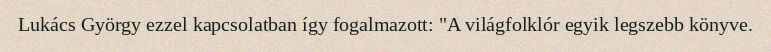
Lukács György ezzel kapcsolatban így fogalmazott: "A világfolklór egyik legszebb könyve.